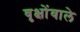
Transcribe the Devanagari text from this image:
वृक्षोंवाले